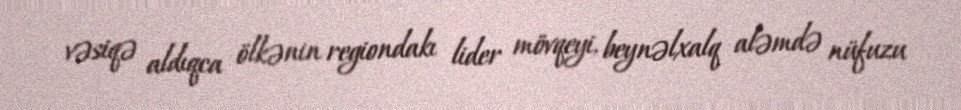
vəsiqə aldıqca ölkənin regiondakı lider mövqeyi, beynəlxalq aləmdə nüfuzu